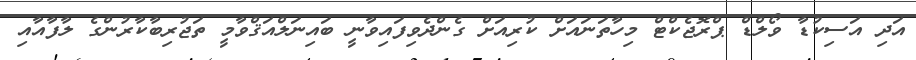
އަދި އަސިކުޑާ ވޯލްޑް ޕްރޮޖެކްޓް މިހާތަނައަށް ކުރިއަށް ގެންދެވިފައިވާނީ ބައިނަލްއަޤްވާމީ ތަޖުރިބާކާރުންގެ ލާފާއާއި